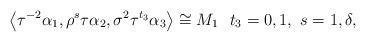
LaTeX: \begin{align*}\left\langle\tau^{-2}\alpha_{1},\rho^{s}\tau\alpha_{2},\sigma^{2}\tau^{t_{3}}\alpha_{3}\right\rangle\cong M_{1} \ \ t_{3}=0,1, \ s=1,\delta,\end{align*}